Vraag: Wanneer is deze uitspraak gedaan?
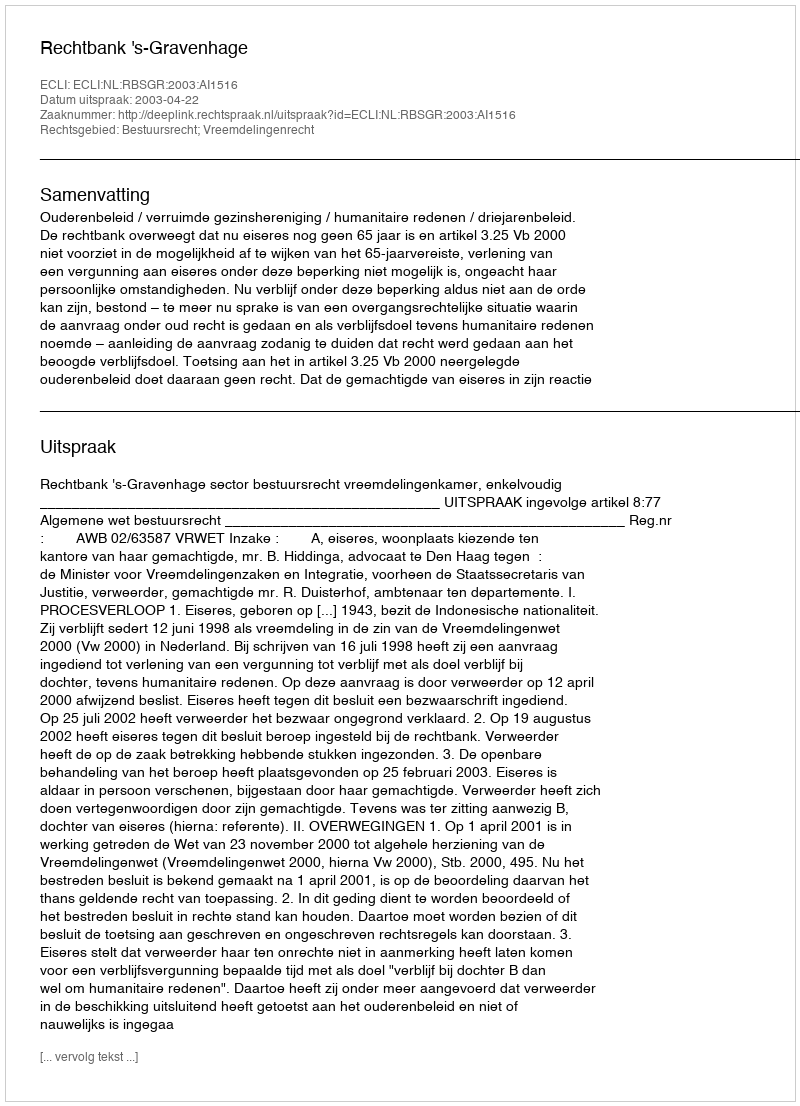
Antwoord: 2003-04-22